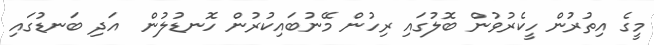
މީގެ އިތުރުން ހީކެރުވުން ބޮލުގައި ރިހުން މޭނުބައިކުރުން ހޮނޑުލުން  އަދި ބަނޑުގައި